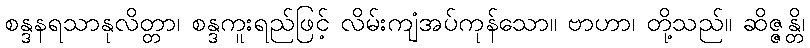
စန္ဒနရသာနုလိတ္တာ၊ စန္ဒကူးရည်ဖြင့် လိမ်းကျံအပ်ကုန်သော။ ဗာဟာ၊ တို့သည်။ ဆိဇ္ဇန္တိ၊